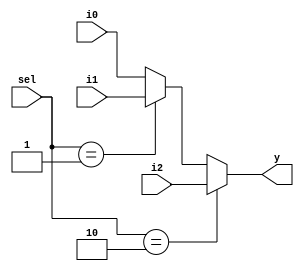
module mux_3_to_1 (i0, i1, i2, sel, y);
	input [31:0] i0, i1, i2;
	input [1:0] sel;
	output [31:0] y;
	assign y = (sel==2'b10) ? i2 : (sel==2'b01)? i1 : i0 ;
endmodule